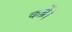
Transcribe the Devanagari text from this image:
कब्रें।